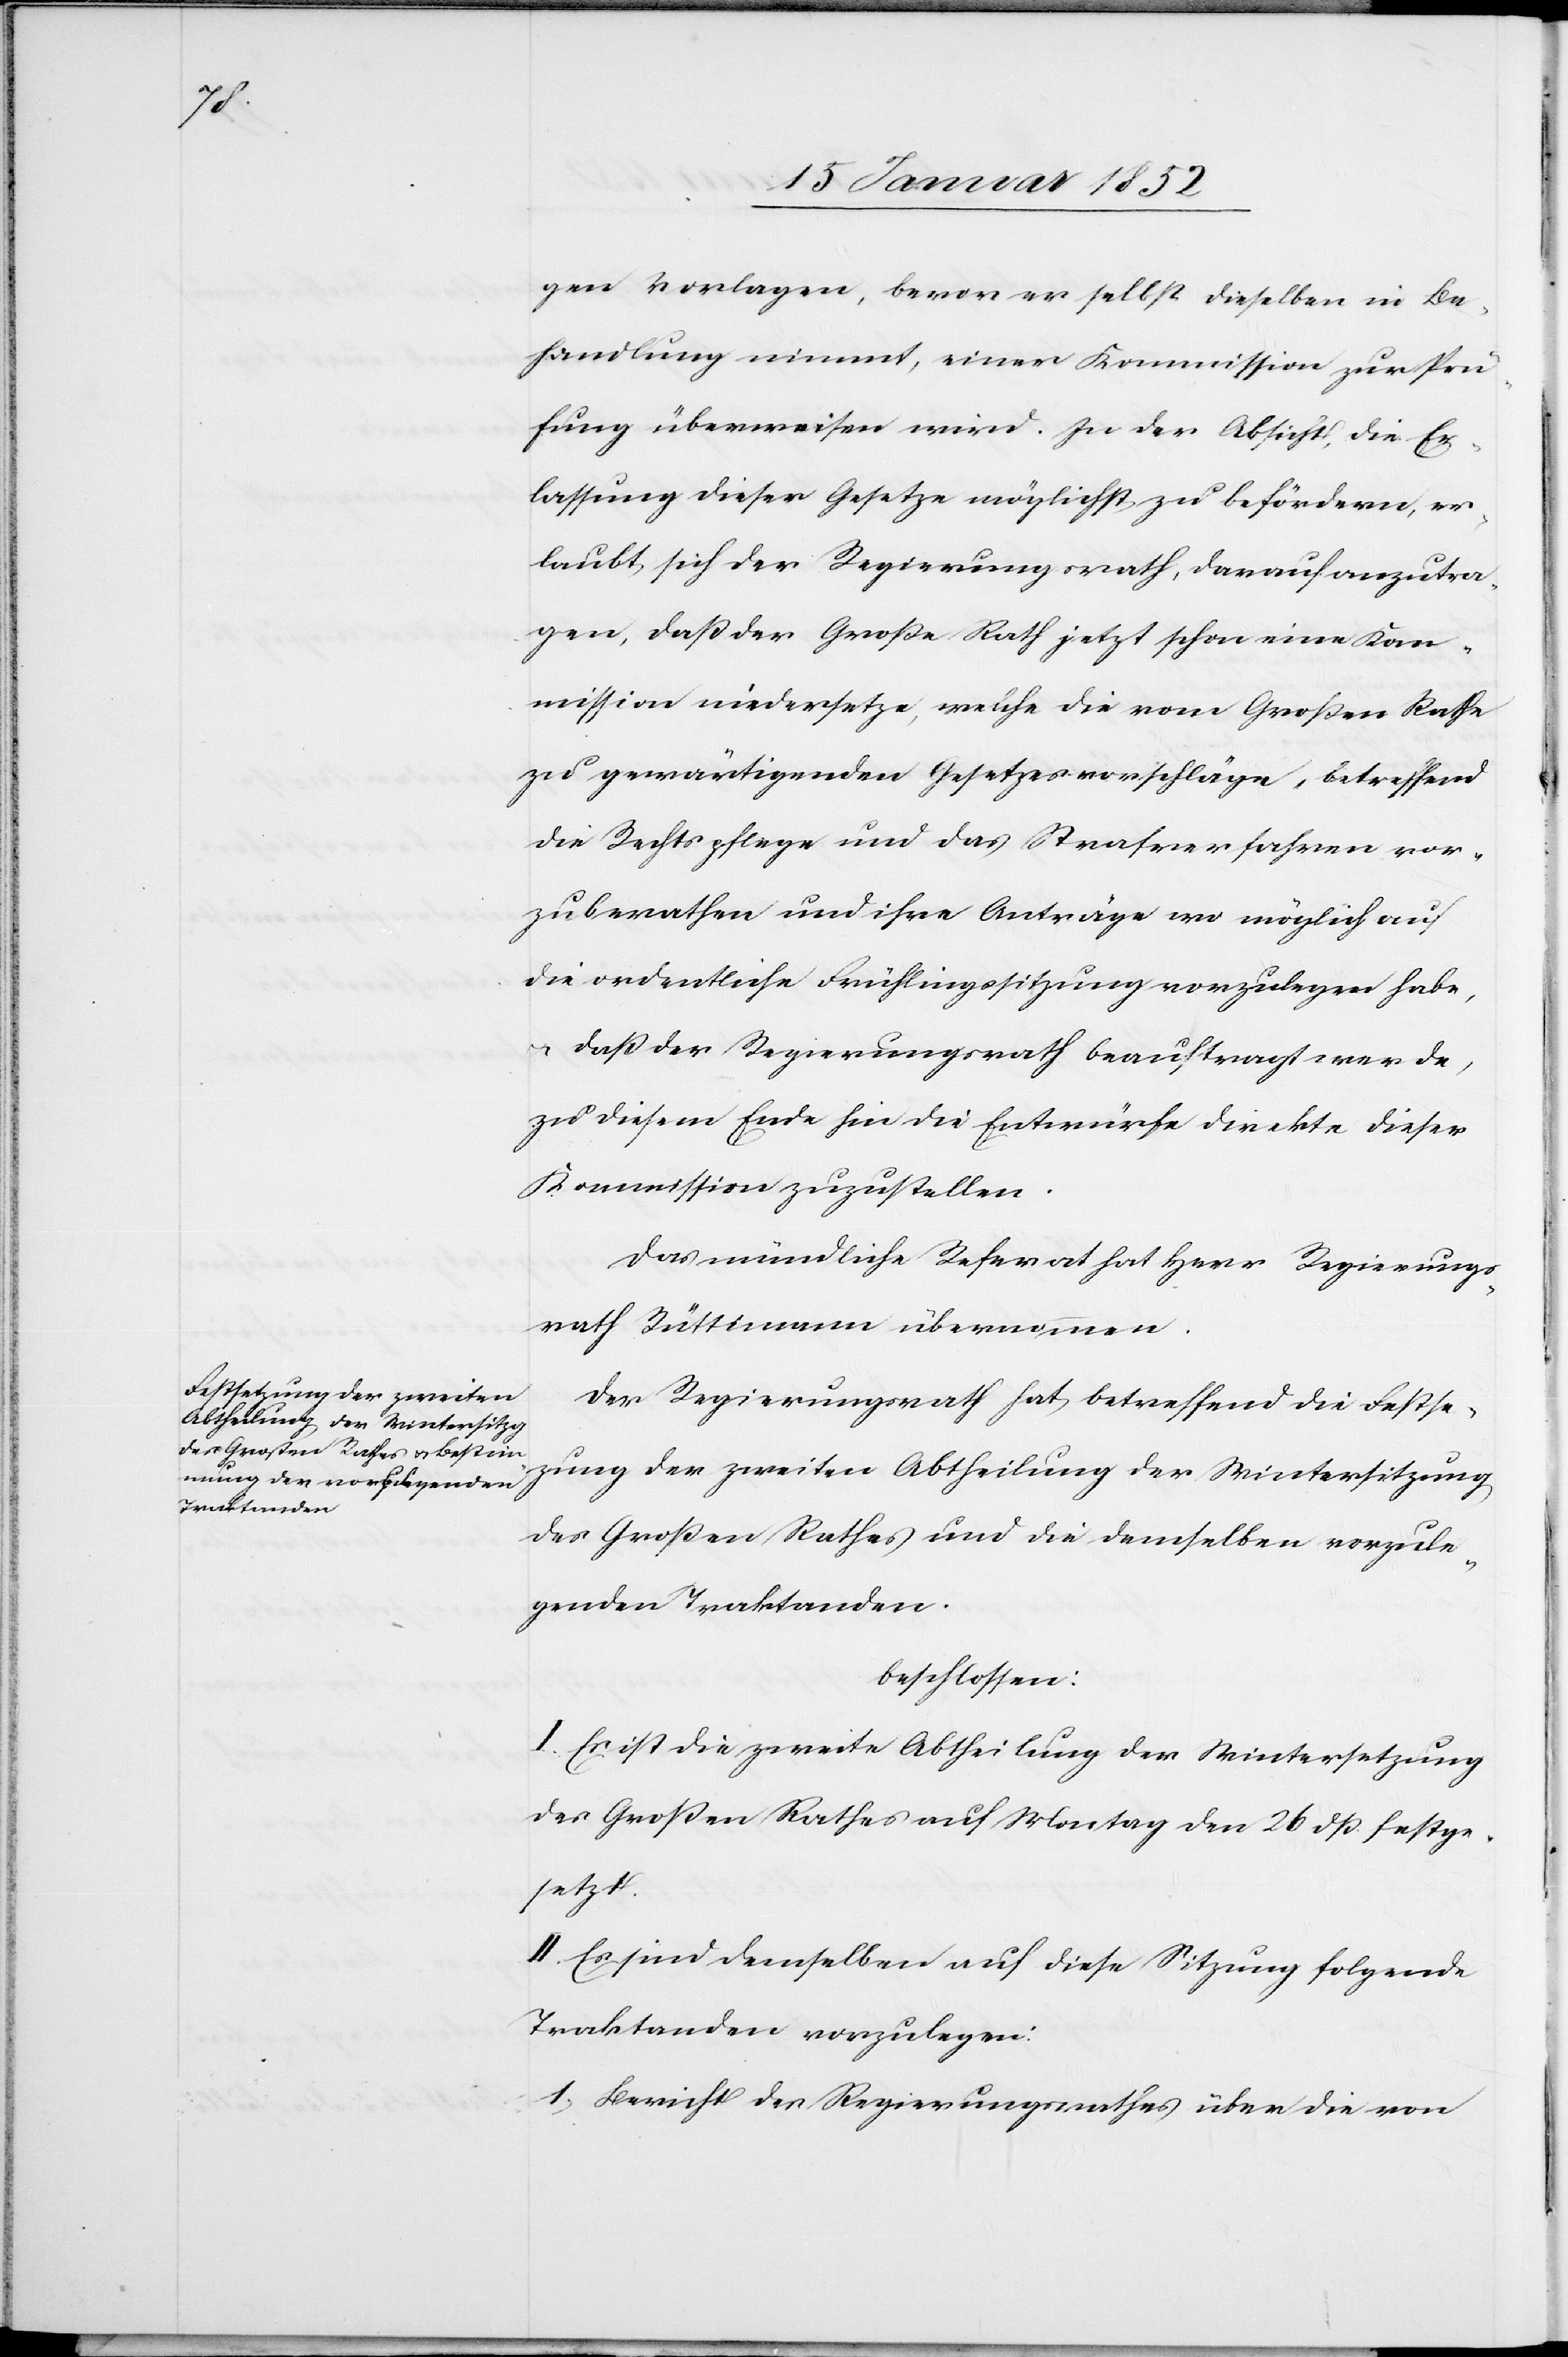
gen Vorlagen, bevor er selbst dieselben in Be¬
handigung nimmt, einer Kommission zur Prü¬
fung überweisen wird. In der Absicht, die Er¬
lassung dieser Gesetze möglichst zu befördern, er¬
laubt sich der Regierungsrath, darauf anzutra¬
gen, daß der Große Rath jetzt schon eine Kom¬
mission niedersetze, welche die vom Großen Rathe
zu gewärtigenden Gesetzesvorschläge, betreffend
die Rechtspflege und das Strafverfahren vor¬
zuberathen und ihre Anträge wo möglich auf
die ordentliche Frühlingssitzung vorzulegen habe,
u. daß der Regierungsrath beauftragt werde,
zu diesem Ende hin die Entwürfe direkte dieser
Kommission zuzustellen.
Das mündliche Referat hat Herr Regierungs¬
rath Rüttimann übernommen.
Der Regierungsrath hat betreffend die Festse¬
tzung der zweiten Abtheilung der Wintersitzung
des Großen Rathes und die demselben vorzule¬
genden Traktanden.
beschlossen:
I. Es ist die zweite Abtheilung der Wintersitzung
des Großen Rathes auf Montag den 26 dß festge¬
setzt.
II. Es sind demselben auf diese Sitzung folgende
Traktanden vorzulegen:
1) Bericht des Regierungsrathes über die von